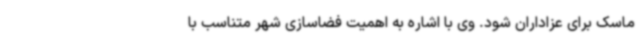
ماسک برای عزاداران شود. وی با اشاره به اهمیت فضاسازی شهر متناسب با